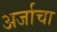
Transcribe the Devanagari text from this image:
अर्जाचा